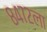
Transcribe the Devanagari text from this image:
८४७२ला